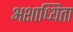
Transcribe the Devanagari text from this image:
अशाध्यिता